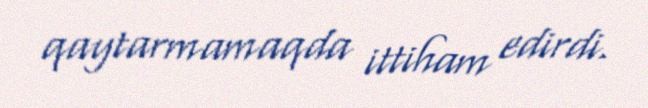
qaytarmamaqda ittiham edirdi.